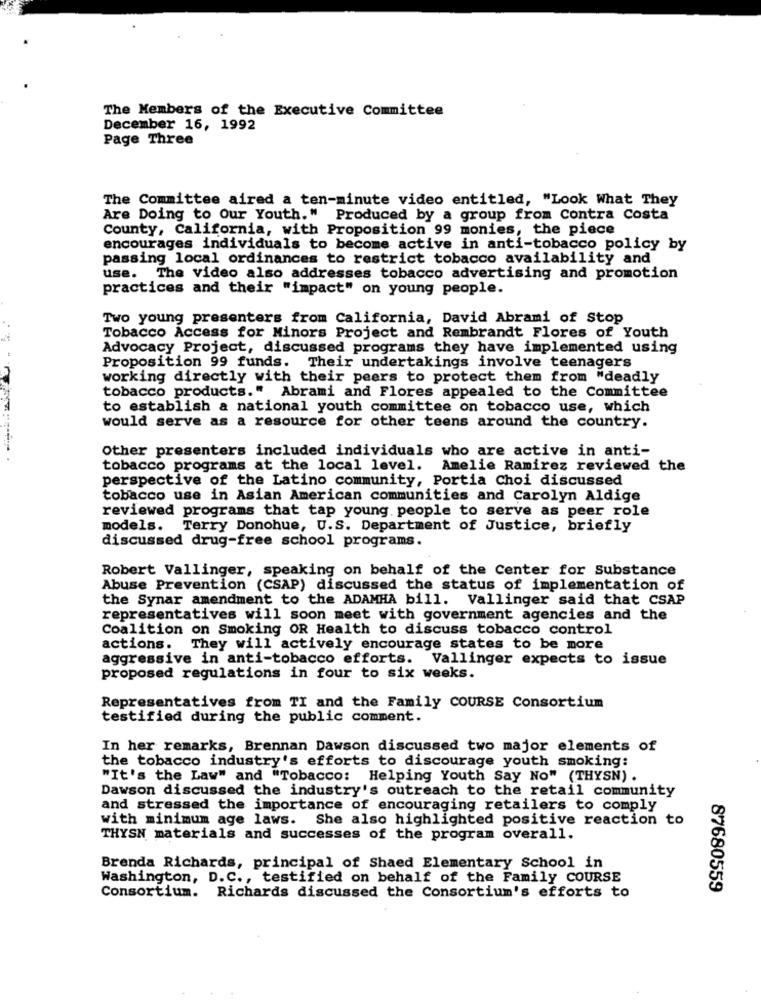
The Members of the Executive Committee
December 16, 1992
Page Three
The Committee aired a ten-minute video entitled, "Look What They
Are Doing to Our Youth." Produced by a group from Contra Costa
County, California, with Proposition 99 monies, the piece
encourages individuals to become active in anti-tobacco policy by
passing local ordinances to restrict tobacco availability and
use. The video also addresses tobacco advertising and promotion
practices and their "impact" on young people.
Two young presenters from California, David Abrami of Stop
Tobacco Access for Minors Project and Rembrandt Flores of Youth
Advocacy Project, discussed programs they have implemented using
Proposition 99 funds. Their undertakings involve teenagers
working directly with their peers to protect them from "deadly
tobacco products." Abrami and Flores appealed to the Committee
to establish a national youth committee on tobacco use, which
would serve as a resource for other teens around the country.
Other presenters included individuals who are active in anti-
tobacco programs at the local level. Amelie Ramirez reviewed the
perspective of the Latino community, Portia Choi discussed
tobacco use in Asian American communities and Carolyn Aldige
reviewed programs that tap young people to serve as peer role
models. Terry Donohue, U.S. Department of Justice, briefly
discussed drug-free school programs.
Robert Vallinger, speaking on behalf of the Center for Substance
Abuse Prevention (CSAP) discussed the status of implementation of
the Synar amendment to the ADAMHA bill. Vallinger said that CSAP
representatives will soon meet with government agencies and the
Coalition on Smoking OR Health to discuss tobacco control
actions. They will actively encourage states to be more
aggressive in anti-tobacco efforts. Vallinger expects to issue
proposed regulations in four to six weeks.
Representatives from TI and the Family COURSE Consortium
testified during the public comment.
In her remarks, Brennan Dawson discussed two major elements of
the tobacco industry's efforts to discourage youth smoking:
"It's the Law" and "Tobacco: Helping Youth Say No" (THYSN) .
Dawson discussed the industry's outreach to the retail community
and stressed the importance of encouraging retailers to comply
with minimum age laws. She also highlighted positive reaction to
THYSN materials and successes of the program overall.
Brenda Richards, principal of Shaed Elementary School in
Washington, D.C ., testified on behalf of the Family COURSE
87680559
Consortium. Richards discussed the Consortium's efforts to